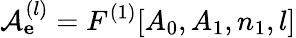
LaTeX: \mathcal{A}_{\mathbf e}^{(l)}=F^{(1)}[A_{0},A_{1},n_{1},l]